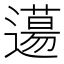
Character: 𨗪